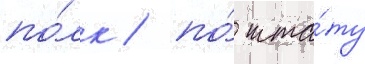
по́лк / по́ шта́ту